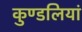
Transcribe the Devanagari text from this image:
कुण्‍डलियां